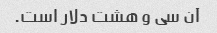
آن سی و هشت دلار است.